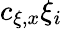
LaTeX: c_{\xi,x}\xi_{i}